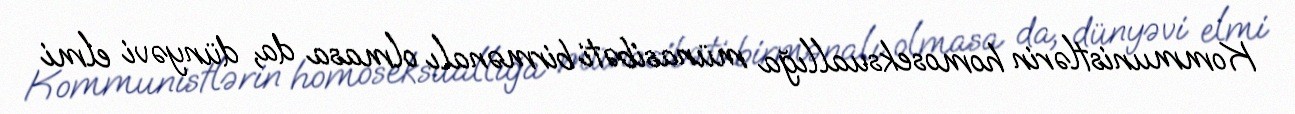
Kommunistlərin homoseksuallığa münasibəti birmənalı olmasa da, dünyəvi elmi